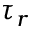
\tau _ { r }